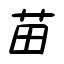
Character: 苗